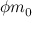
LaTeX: \phi m _ { 0 }